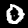
Digit: 0